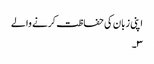
اپنی زبان کی حفاظت کرنے والے
۳۔